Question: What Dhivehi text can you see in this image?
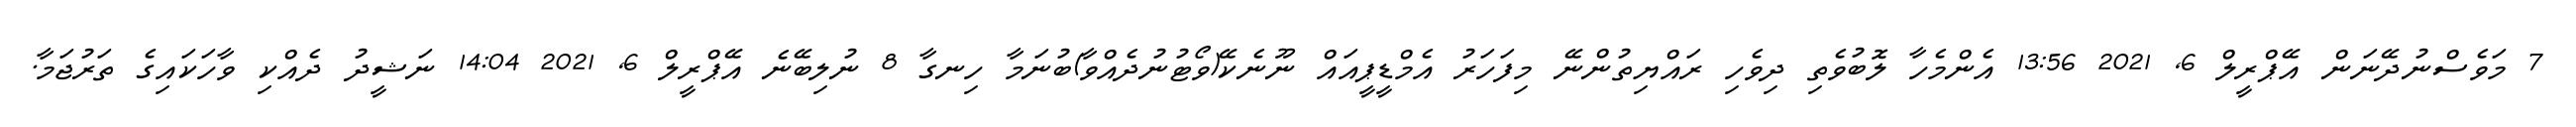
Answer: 7 މަވެސްނުދޭނަން އޭޕްރީލް 6, 2021 13:56 އެންމެހާ ލޮބުވެތި ދިވެހި ރައްޔިތުންނޭ މިފަހަރު އެމްޑީޕީއައް ނޫނެކޭ(ވޯޓުނުދެއްވާ)ބުނަމާ ހިނގާ 8 ނުލިބޭނެ އޭޕްރީލް 6, 2021 14:04 ނަޝީދު ދެއްކި ވާހަކައިގެ ތަރުޖަމާ.